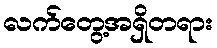
လက်တွေ့အရှိတရား